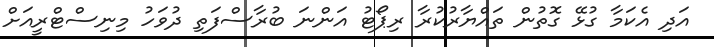
އަދި އެކަމާ ގުޅޭ ގޮތުން ތައްޔާރުކުރާ ރިޕޯޓު އަންނަ ބުރާސްފަތި ދުވަހު މިނިސްޓްރީއަށް